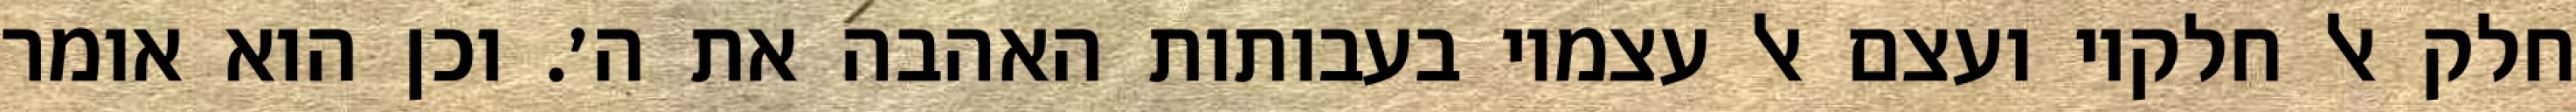
חלק אל חלקיו ועצם אל עצמיו בעבותות האהבה את ה׳. וכן הוא אומר